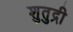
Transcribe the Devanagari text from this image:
शुतुद्री